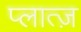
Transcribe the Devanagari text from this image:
प्लात्ज़